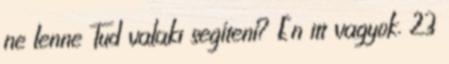
ne lenne Tud valaki segíteni? Én itt vagyok. 23